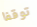
توقفا